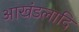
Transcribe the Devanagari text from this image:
आखंडलादि